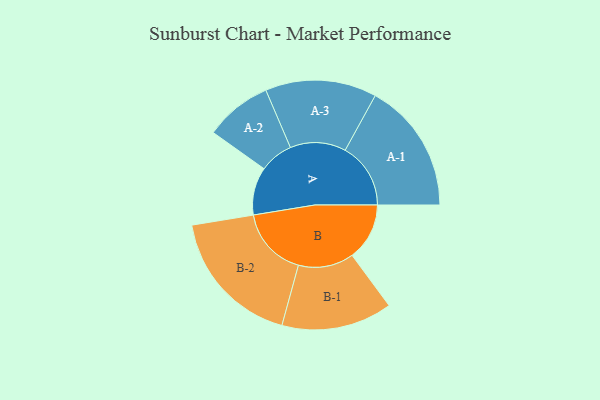
{"axis": {"x": "Segment", "y": "Value"}, "legend": ["", "A", "B"], "data": [{"x": "A", "y": 171, "type": ""}, {"x": "B", "y": 205, "type": ""}, {"x": "A-1", "y": 234, "type": "A"}, {"x": "A-2", "y": 120, "type": "A"}, {"x": "A-3", "y": 199, "type": "A"}, {"x": "B-1", "y": 198, "type": "B"}, {"x": "B-2", "y": 250, "type": "B"}]}